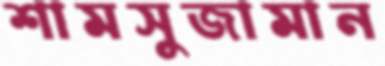
শামসুজামান